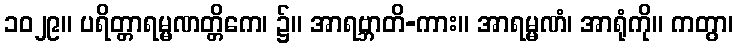
၁၀၂၉။ ပရိတ္တာရမ္မဏတ္တိကေ၊ ၌။ အာရဗ္ဘာတိ-ကား။ အာရမ္မဏံ၊ အာရုံကို။ ကတွာ၊